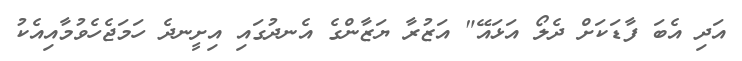
އަދި އެބަ ފާޑަކަށް ދެލޯ އަޅައޭ" އަޒުރާ ޔަޒާންގެ އެނދުގައި އިށީނދެ ހަމަޖެހެވުމާއިއެކު